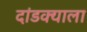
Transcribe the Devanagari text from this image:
दांडक्याला